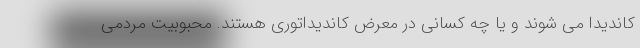
کاندیدا می شوند و یا چه کسانی در معرض کاندیداتوری هستند. محبوبیت مردمی